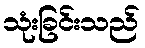
သုံးခြင်းသည်